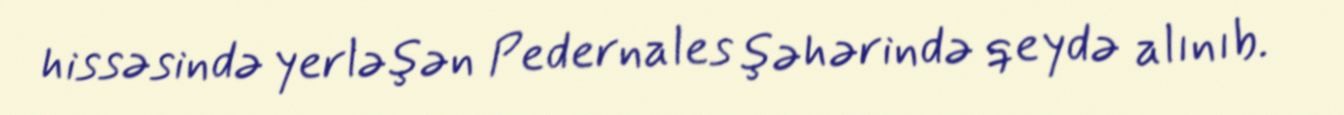
hissəsində yerləşən Pedernales şəhərində qeydə alınıb.